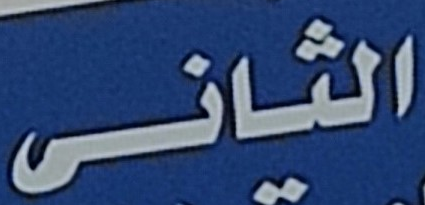
الثانى